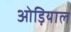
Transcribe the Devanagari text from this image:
ओड़ियाल